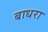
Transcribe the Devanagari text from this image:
बाधरा